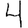
Digit: 4